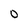
Character: 0